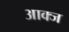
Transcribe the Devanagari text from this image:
आक्ज